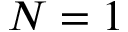
N = 1